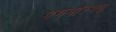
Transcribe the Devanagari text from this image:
गगनौरगढ़